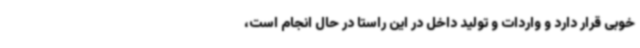
خوبی قرار دارد و واردات و تولید داخل در این راستا در حال انجام است،